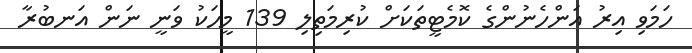
ހަމަވި އިރު އަންހެނުންގެ ކޮމެޓީތަަކަށް ކުރިމަތިލި 139 މީހަކު ވަނީ ނަން އަނބުރާ